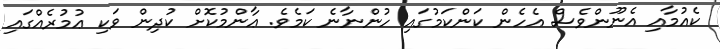
ކެއުމާއި އެނޫންވެސް އެހެން ކަންކަމުގައި ހުންނާނެ ކަމެވެ. ޢާންމުކޮށް ކުދިން ވަކި ޢުމުރެއްގައި